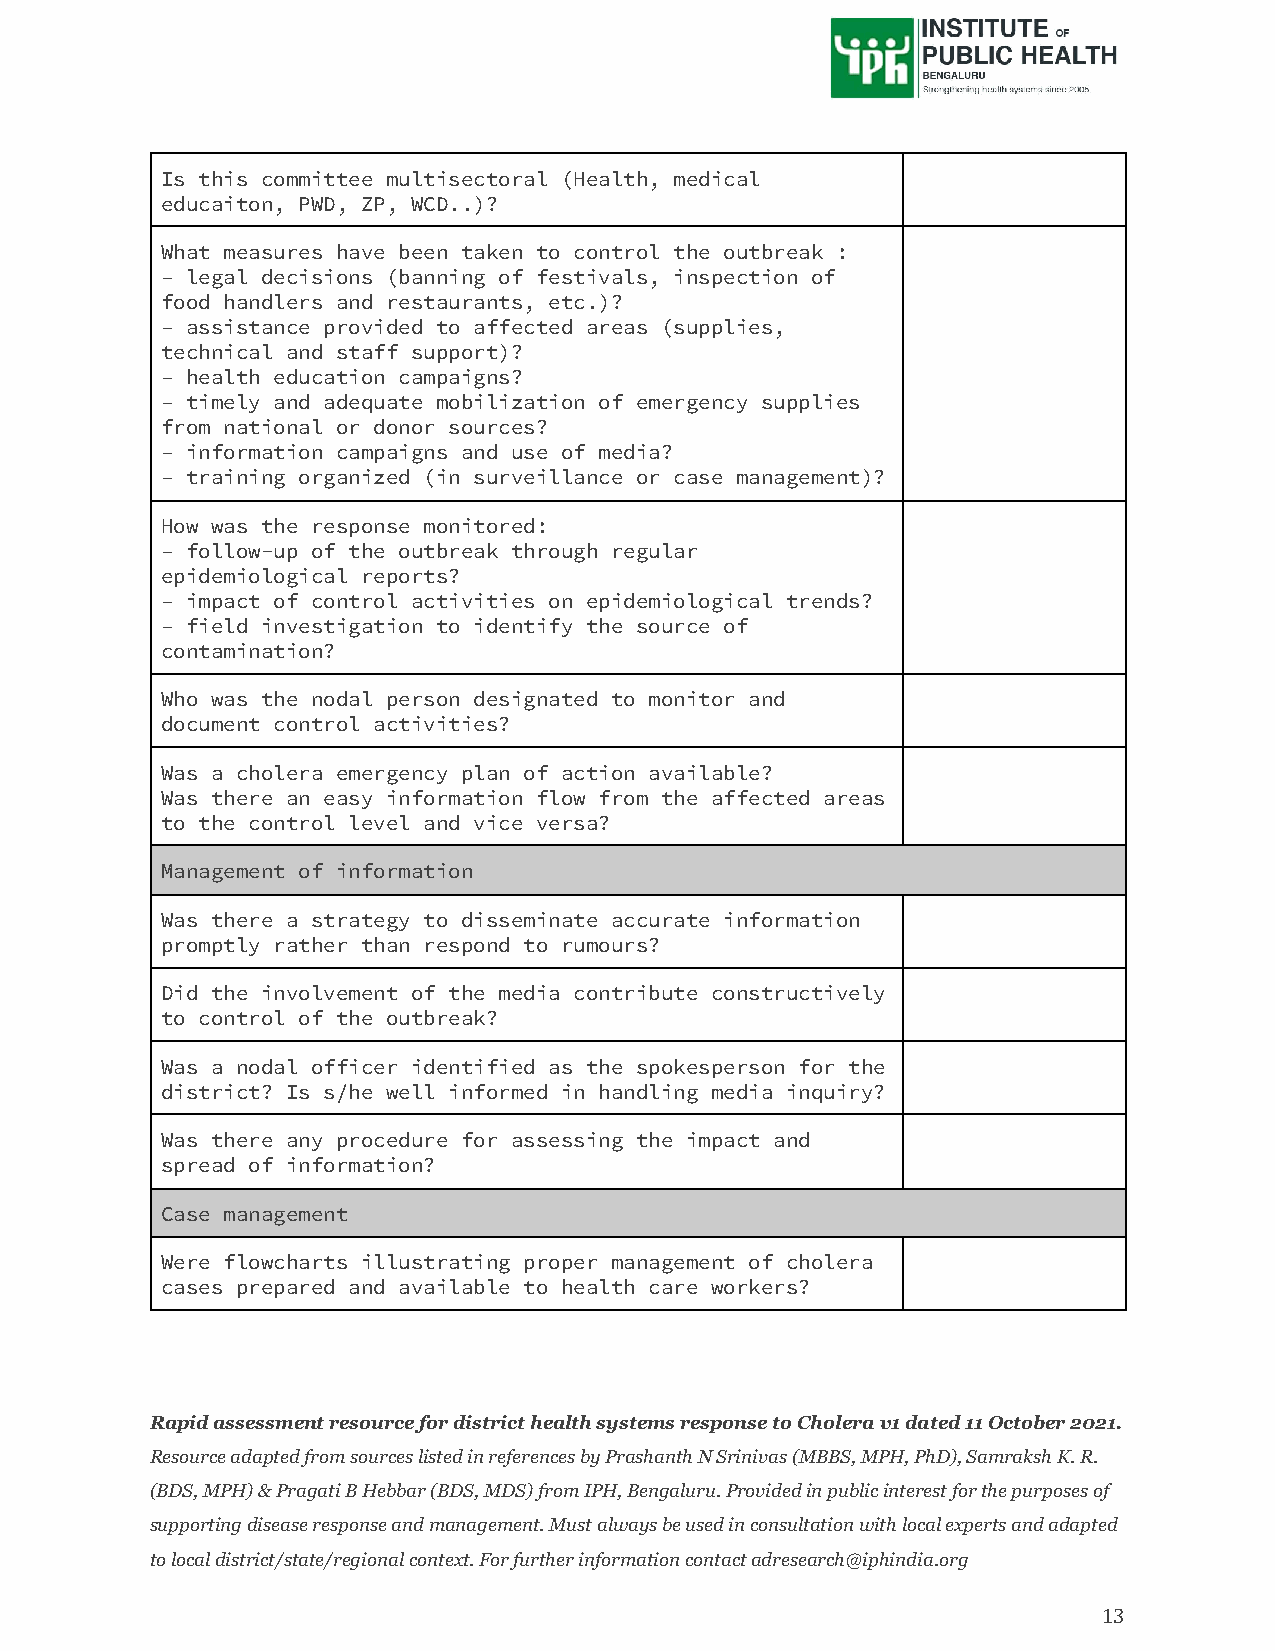
Is this committee multisectoral (Health, medical
 educaiton, PWD, ZP, WCD..)?
 What measures have been taken to control the outbreak :
 – legal decisions (banning of festivals, inspection of
 food handlers and restaurants, etc.)?
 – assistance provided to affected areas (supplies,
 technical and staff support)?
 – health education campaigns?
 – timely and adequate mobilization of emergency supplies
 from national or donor sources?
 – information campaigns and use of media?
 – training organized (in surveillance or case management)?
 How was the response monitored:
 – follow-up of the outbreak through regular
 epidemiological reports?
 – impact of control activities on epidemiological trends?
 – field investigation to identify the source of
 contamination?
 Who was the nodal person designated to monitor and
 document control activities?
 Was a cholera emergency plan of action available?
 Was there an easy information flow from the affected areas
 to the control level and vice versa?
 Management of information
 Was there a strategy to disseminate accurate information
 promptly rather than respond to rumours?
 Did the involvement of the media contribute constructively
 to control of the outbreak?
 Was a nodal officer identified as the spokesperson for the
 district? Is s/he well informed in handling media inquiry?
 Was there any procedure for assessing the impact and
 spread of information?
 Case management
 Were flowcharts illustrating proper management of cholera
 cases prepared and available to health care workers?
 Rapid assessment resource for district health systems response to Cholera v1 dated 11 October 2021.
 Resource adapted from sources listed in references by Prashanth N Srinivas (MBBS, MPH, PhD), Samraksh K. R.
 (BDS, MPH) & Pragati B Hebbar (BDS, MDS) from IPH, Bengaluru. Provided in public interest for the purposes of
 supporting disease response and management. Must always be used in consultation with local experts and adapted
 to local district/state/regional context. For further information contact adresearch@iphindia.org
 13